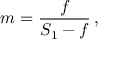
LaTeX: m = { \frac { f } { S _ { 1 } - f } } \, ,